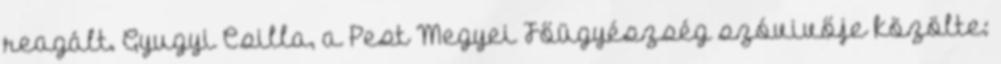
reagált. Gyugyi Csilla, a Pest Megyei Főügyészség szóvivője közölte: